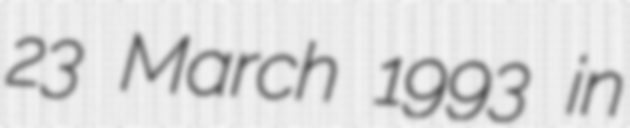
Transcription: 23 March 1993 in